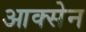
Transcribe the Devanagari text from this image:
आक्सेन